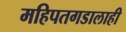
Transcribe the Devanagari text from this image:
महिपतगडालाही